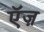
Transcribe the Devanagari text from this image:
ऍज़